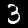
Label: 3